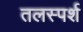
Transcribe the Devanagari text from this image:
तलस्पर्श